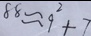
8 8 \approx 9 ^ { 2 } + 7